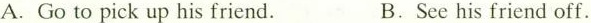
A.Go to pick up his friend.B.See his friend off.